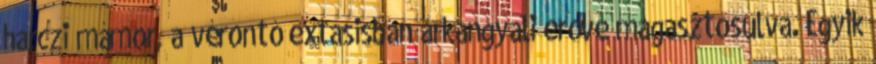
harczi mámor, a vérontó extasisban arkangyali erővé magasztosulva. Egyik